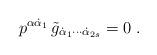
LaTeX: \begin{align*}p^{\alpha\dot\alpha_1}\, \tilde g_{\dot\alpha_1\cdots\dot\alpha_{2s}}=0\ .\end{align*}